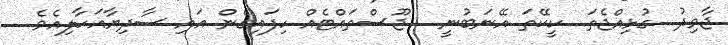
ޖާވިދު.. ގުޅިއްޖެތަ.. ކީކޭތަ އޭނަބުނީ..  ޖޫސްތައްޓެއް ހިފައިގެން އައި ސާދިޔާއަހާލިއެވެ.